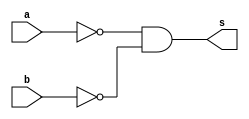
//---------------------
// Exemplo0010 - NOR
// Nome: Wellington Santos Corra
//---------------------

//---------------------
//--nor gate
//---------------------
module norgate (output s,
					  input  a,
					  input  b);
  assign s = ( ~a & ~b );
endmodule // nor

//---------------------
//--test nor gate
//---------------------
module testnorgate;
//-------------------------dados locais
reg a, b; // definir registradores
wire s;
			// definir conexao (fio)
//-------------------------instancia
norgate NOR1 (s, a, b);
//-------------------------preparacao
initial begin:start
				// atribuicao simultanea
				// dos valores iniciais
 a=0; b=0;
end
//-------------------------parte principal

initial begin
	$display("Exemplo0010 - Wellington Santos Corra - 472047");
	$display("Test NOR gate");
	$display("\n~a & ~b = s\n");
	a=0; b=0;
#1	$display("~%b & ~%b = %b", a, b, s);
	a=0; b=1;
#1	$display("~%b & ~%b = %b", a, b, s);
	a=1; b=0;
#1	$display("~%b & ~%b = %b", a, b, s);
	a=1; b=1;
#1	$display("~%b & ~%b = %b", a, b, s);
end

endmodule // testnorgate